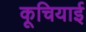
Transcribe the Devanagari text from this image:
कूचियाई